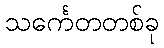
သင်္ကေတတစ်ခု